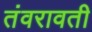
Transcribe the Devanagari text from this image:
तंवरावती